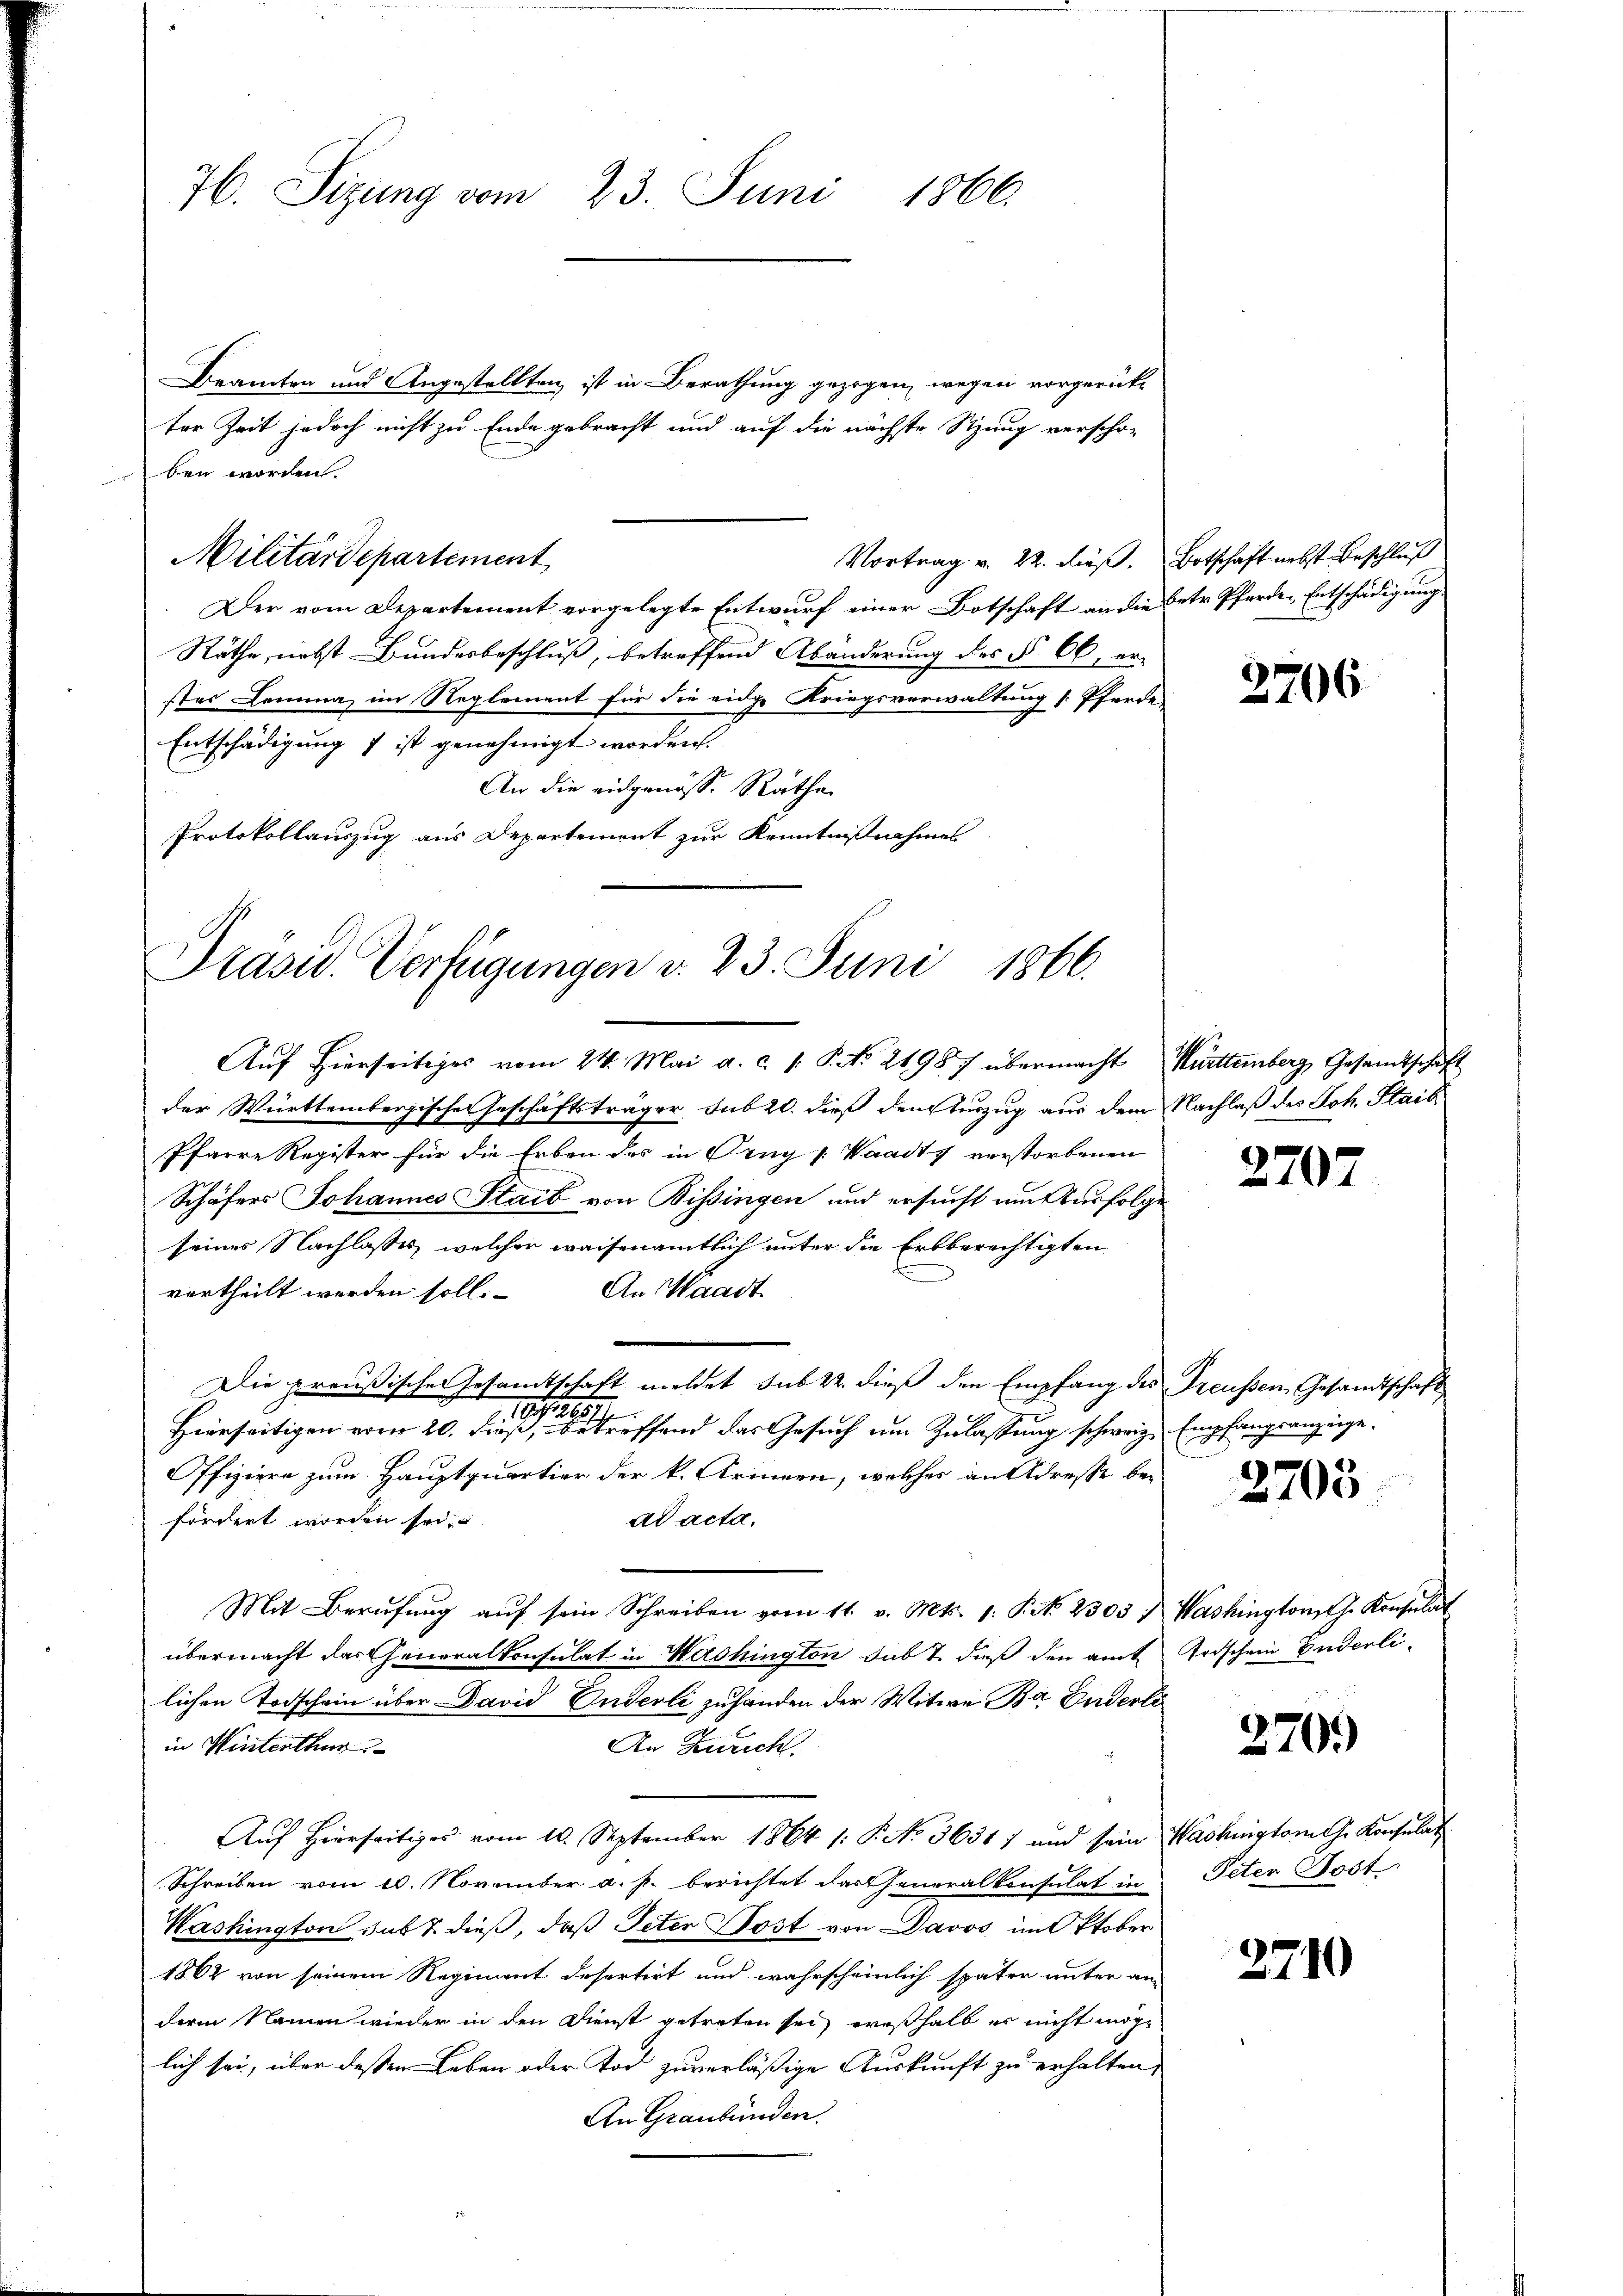
76. Sizung vom 23. Juni 1866.

Beamten und Angestellten, ist in Berathung gezogen, wegen vorgerück-
ter Zeit jedoch nicht zu Ende gebracht und auf die nächste Sitzung verscho-
ben worden.
Militärdepartement
Vortrag v. 22. dieß. Botschaft nebst Beschluß
Der vom Departement vorgelegte Entwurf einer Botschaft an die Betr. Pferde-Entschädigung.
Räthe, nebst Bundesbeschluß, betreffend Abänderung des § 66, erstes Comma, im Reglement für die eidge Kriegsverwaltung [: Pferde
Entschädigung 7 ist genehmigt worden.
An die eidgenöss. Räthe
Protokollauszug aus Departement zur Kenntnißnahmes
der Württembergische Geschäftsträger sub 20. dieß densturzug aus dem Nachlaß des Joh. Haib
Pfarre Register für die Erben des in Orng /: Waadty verstorbenen
Schäfers Johannes Staib von Bissingen und ersucht um Ausfolge
seines Nachlasses, welcher waisenamtlich unter die Erbberechtigten
An Waadt.
vertheilt worden soll.
Die preußische Gesandtschaft meldet sub 22. dieß den Empfang des Preußen Gesandtschaft
2 S. 1891
Hierseitigen vom 20. dieß, betreffend das Gesuch um Zulassung schweiz Empfangsanzeige
Offiziere zum Hauptquartier der k. Armeen, welches an Adresse bead acta.
fördert worden sei.
Mit Berŭfŭng aŭf sein Schreiben vom 11. v. Mts. 1. P. No. 2303 f. Washingtons Ch. Konsulat
übermacht das Generalkonsulat in Washington sub T. dieß den amt
lichen Todschein über David Enderli zuhänden der Witwe Ba Enderli
in Winterthur
An Zürich.
Auf Hierseitiges vom 10. September 1864 (: P. No 36317 und sein Washingtom. Konsulat
Schreiben vom 10. November a. p. berichtet das eneralkonsulat in
Washington sub 7. dieß, daß Peter Post von Davos im Oktober
1862 von seinem Regiment desertirt und wahrscheinlich später unter an
deren Namen wieder in den Dienst getreten sei, weßhalb er nicht möge
lich sei, über dessen Leben oder Tod zuverläßige Auskunft zu erhalten,
An Graubünden.

Präsid. Verfügungen v. 23. Juni 1866.
Auf hierseitiges vom 24. Mai a. c. s. S. No 21987 übermacht Württemberg, Gesandtschaft

2206

2707

2705

trischein Enderli-

270.)

Peten Post

2710